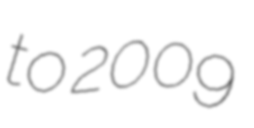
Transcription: to 2009